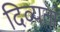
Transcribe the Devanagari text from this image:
दिव्‍यता